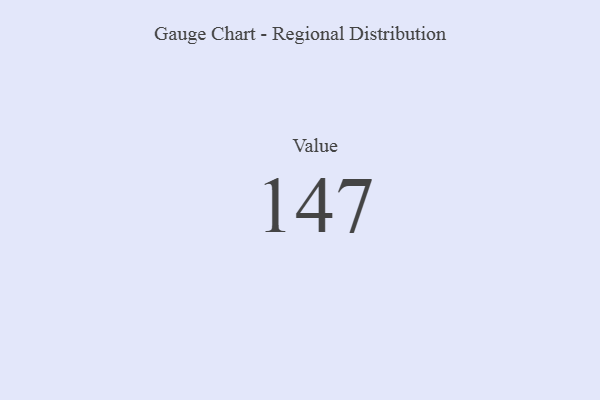
{"axis": {"x": "Metric", "y": "Value"}, "legend": [""], "data": [{"x": "Value", "y": 147, "type": ""}]}